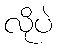
လိုပဲ